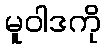
မူဝါဒကို